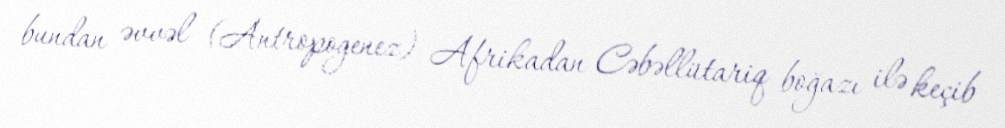
bundan əvvəl (Antropogenez) Afrikadan Cəbəllütariq boğazı ilə keçib